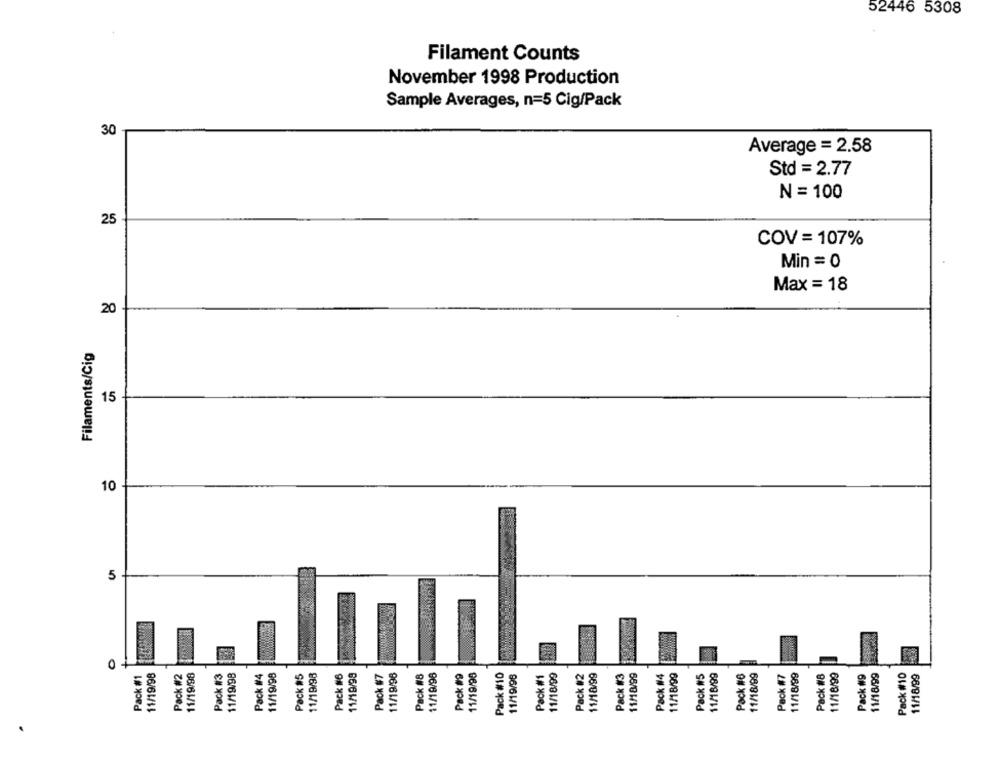
52446 5308
Filament Counts
November 1998 Production
Sample Averages, n=5 Cig/Pack
30
Average = 2.58
Std = 2.77
N = 100
25
COV = 107%
Min = 0
Max = 18
20
Filaments/Cig
15
10
5
O
Pack #1
11/19/98
Pack #2
11/19/98
Pack #3
11/19/98
Pack #4
11/19/98
Pack #5
11/19/98
Pack #6
11/19/98
11/19/96
Pack #8
11/19/96
Pack #9
11/19/90
Pack #10
11/19/98
Pack #1
11/18/99
Pack #2
11/18/99
Pack #3
11/18/99
Pack #4
11/18/99
Pack #5
11/18/99
Pack #6
11/18/99
Pack #7
11/18/99
Pack #8
11/18/99
Pack #9
11/18/99
Pack #10
11/18/99